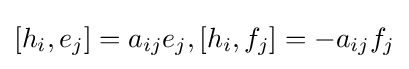
[h_{i},e_{j}]=a_{ij}e_{j},[h_{i},f_{j}]=-a_{ij}f_{j}